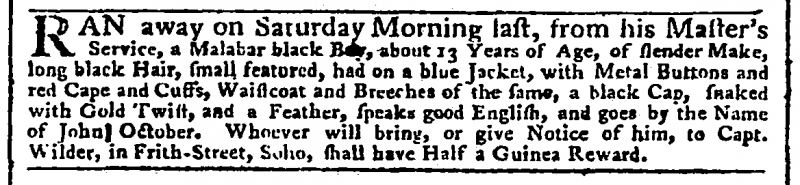
Daily Advertiser, 13 January 1773 (England)
RAN away on Saturday Morning last, from his Master’s Service, a Malabar black Boy, about 13 Years of Age, of slender Make, long black Hair, small featured, had on a blue Jacket, with Metal Buttons and red Cape and Cuffs, Waistcoat and Breeches of the same, a black Cap, snaked with Gold Twist, and a Feather, speaks good English, and goes by the Name of John October. Whoever will bring, or give Notice of him, to Capt. Wilder, in Frith-Street, Soho, shall have Half a Guinea Reward.